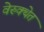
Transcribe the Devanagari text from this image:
वेरुक्थेत